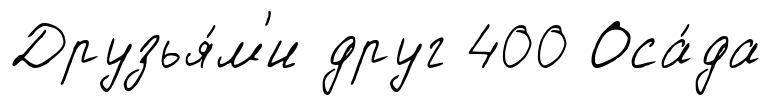
Друзья́м'и друг 400 Оса́да